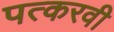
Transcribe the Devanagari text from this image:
पत्करवी